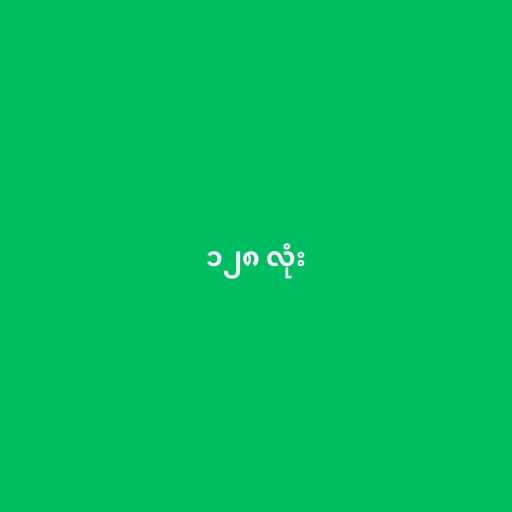
၁၂၈ လုံး